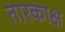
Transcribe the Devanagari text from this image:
तारकाक्ष